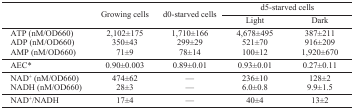
| <ROWSPAN=3>  | <ROWSPAN=3> Growing cells | <ROWSPAN=3> d0-starved cells | <COLSPAN=2> d5-starved cells |
 | Light | Dark |
 | --- | --- | --- | --- | --- |
 | ATP (nM/OD660) | 2,102±175 | 1,710±166 | 4,678±495 | 387±211 |
 | ADP (nM/OD660) | 350±43 | 299±29 | 521±70 | 916±209 |
 | AMP (nM/OD660) | 71±9 | 78±14 | 100±12 | 1,920±670 |
 | AEC* | 0.90±0.003 | 0.89±0.01 | 0.93±0.01 | 0.27±0.11 |
 | NAD+ (nM/OD660) | 474±62 | — | 236±10 | 128±2 |
 | NADH (nM/OD660) | 28±3 | — | 6.0±0.8 | 9.9±1.5 |
 | NAD+/NADH | 17±4 | — | 40±4 | 13±2 |